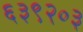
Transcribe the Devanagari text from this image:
६३९२०३